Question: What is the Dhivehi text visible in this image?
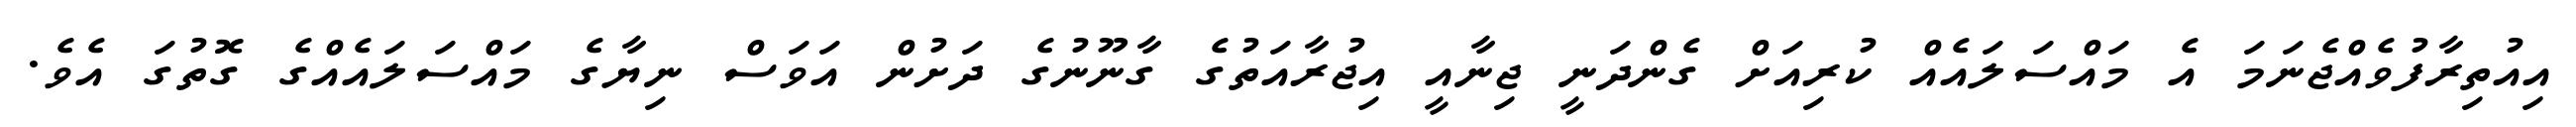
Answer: އިއުތިރާފުވެއްޖެނަމަ އެ މައްސަލައެއް ކުރިއަށް ގެންދަނީ ޖިނާއީ އިޖުރާއަތުގެ ގާނޫނުގެ ދަށުން އަވަސް ނިޔާގެ މައްސަލައެއްގެ ގޮތުގަ އެވެ.